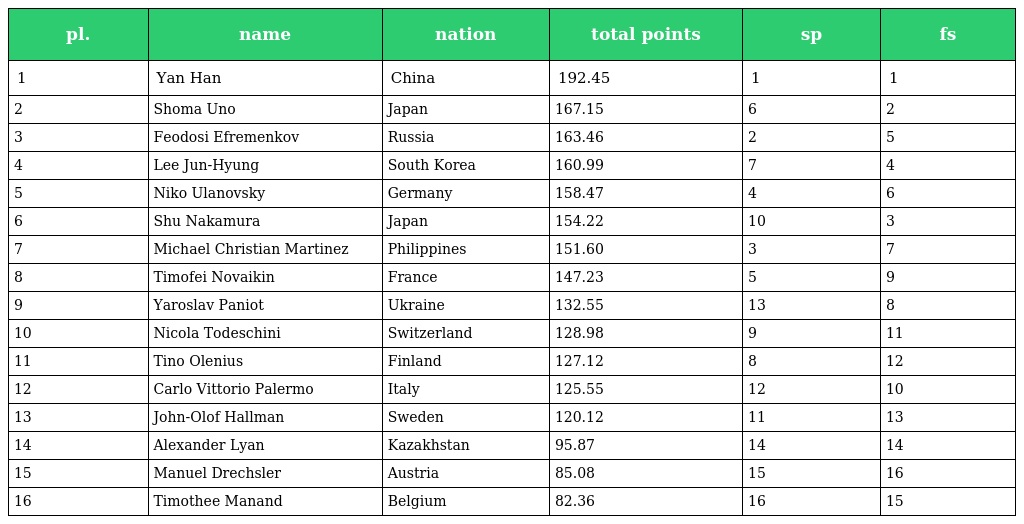
| pl. | name | nation | total points | sp | fs |
 | --- | --- | --- | --- | --- | --- |
 | 1 | Yan Han | China | 192.45 | 1 | 1 |
 | 2 | Shoma Uno | Japan | 167.15 | 6 | 2 |
 | 3 | Feodosi Efremenkov | Russia | 163.46 | 2 | 5 |
 | 4 | Lee Jun-Hyung | South Korea | 160.99 | 7 | 4 |
 | 5 | Niko Ulanovsky | Germany | 158.47 | 4 | 6 |
 | 6 | Shu Nakamura | Japan | 154.22 | 10 | 3 |
 | 7 | Michael Christian Martinez | Philippines | 151.60 | 3 | 7 |
 | 8 | Timofei Novaikin | France | 147.23 | 5 | 9 |
 | 9 | Yaroslav Paniot | Ukraine | 132.55 | 13 | 8 |
 | 10 | Nicola Todeschini | Switzerland | 128.98 | 9 | 11 |
 | 11 | Tino Olenius | Finland | 127.12 | 8 | 12 |
 | 12 | Carlo Vittorio Palermo | Italy | 125.55 | 12 | 10 |
 | 13 | John-Olof Hallman | Sweden | 120.12 | 11 | 13 |
 | 14 | Alexander Lyan | Kazakhstan | 95.87 | 14 | 14 |
 | 15 | Manuel Drechsler | Austria | 85.08 | 15 | 16 |
 | 16 | Timothee Manand | Belgium | 82.36 | 16 | 15 |